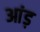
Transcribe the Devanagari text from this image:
आंड़